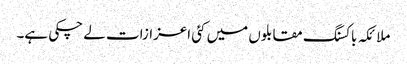
ملائکہ باکسنگ مقابلوں میں کئی اعزازات لے چکی ہے۔